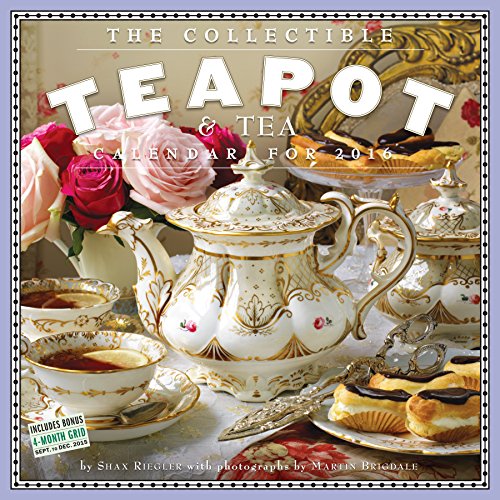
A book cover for The Collectible Teapot & Tea Wall Calendar 2016; Shax Riegler; Calendars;